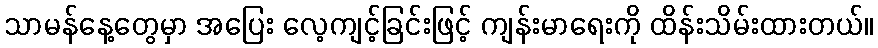
သာမန်နေ့တွေမှာ အပြေး လေ့ကျင့်ခြင်းဖြင့် ကျန်းမာရေးကို ထိန်းသိမ်းထားတယ်။